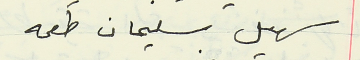
سهيل سليمان طعمه